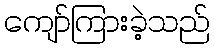
ကျော်ကြားခဲ့သည်